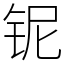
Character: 铌